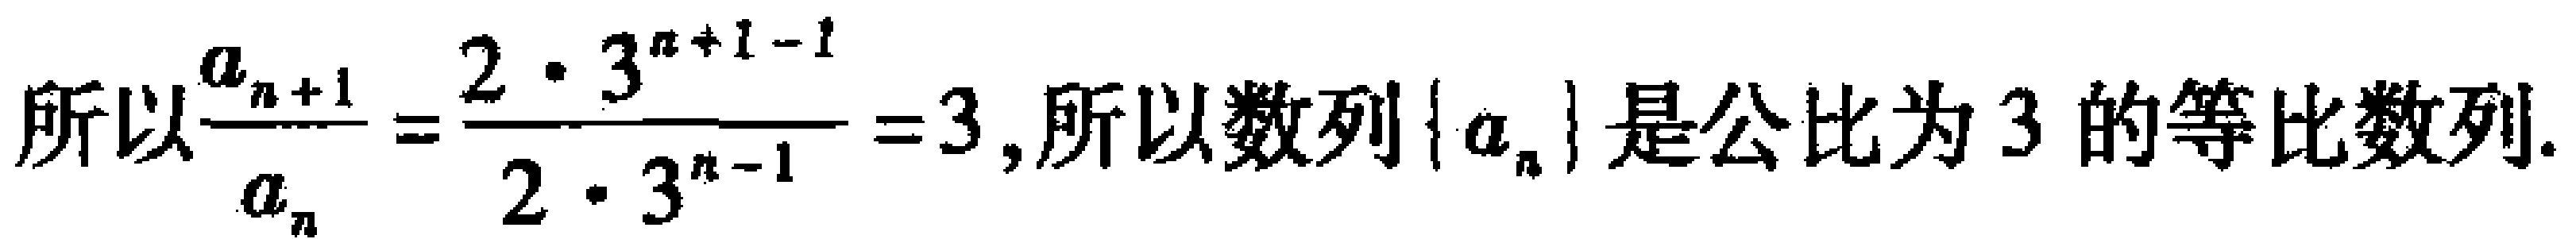
所以\frac{a_{n + 1}}{a_{n}} = \frac{2\cdot 3^{n + 1 - 1}}{2\cdot 3^{n - 1}} = 3,所以数列\{a_{n}\}是公比为3的等比数列.